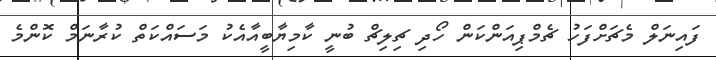
ފައިނަލް މެޗަށްފަހު ޗެމްޕިއަންކަން ހޯދި ޗިލިޗް ބުނީ ކާމިޔާބީއާއެކު މަސައްކަތް ކުރާނަމް ކޮންމެ